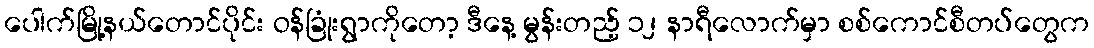
ပေါက်မြို့နယ်တောင်ပိုင်း ဝန်ခြုံးရွာကိုတော့ ဒီနေ့ မွန်းတည့် ၁၂ နာရီလောက်မှာ စစ်ကောင်စီတပ်တွေက